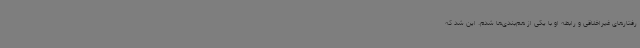
رفتارهای غیراخلاقی و رابطه او با یکی از هم‌بندی‌ها شدم. این شد که